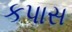
કપાસ